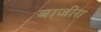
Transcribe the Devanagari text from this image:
बाजीरा